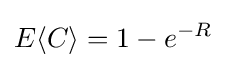
E\langle C\rangle =1-e^{-R}